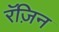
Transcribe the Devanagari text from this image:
रॅज़िन